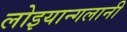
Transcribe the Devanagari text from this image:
लोइयान्गलानी